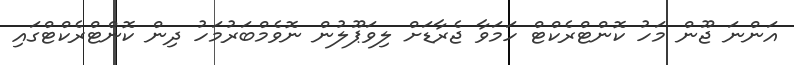
އަންނަ ޖޫން މަހު ކޮންޓްރެކްޓް ހަމަވާ ޖެރާޑަށް ލިވަޕޫލުން ނޮވެމްބަރުމަހު ދިން ކޮންޓްރެކްޓްގައި